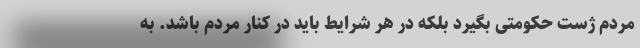
مردم ژست حکومتی بگیرد بلکه در هر شرایط باید در کنار مردم باشد. به